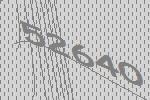
52640